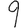
Digit: 9